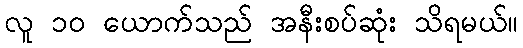
လူ ၁၀ ယောက်သည် အနီးစပ်ဆုံး သိရမယ်။